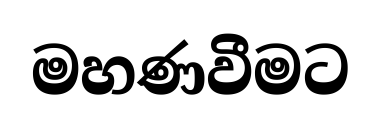
මහණවීමට